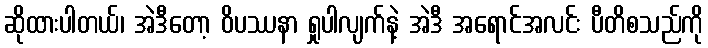
ဆိုထားပါတယ်၊ အဲဒီတော့ ဝိပဿနာ ရှုပါလျက်နဲ့ အဲဒီ အရောင်အလင်း ပီတိစသည်ကို